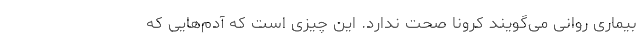
بیماری روانی می‌گویند کرونا صحت ندارد. این چیزی است که آدم‌هایی که